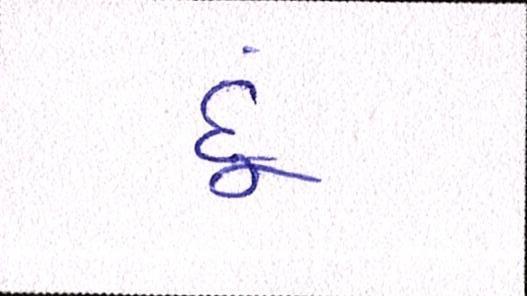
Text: દૂં